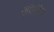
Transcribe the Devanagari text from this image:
ऐंफिबिया